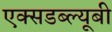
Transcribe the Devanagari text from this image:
एक्सडब्ल्यूबी